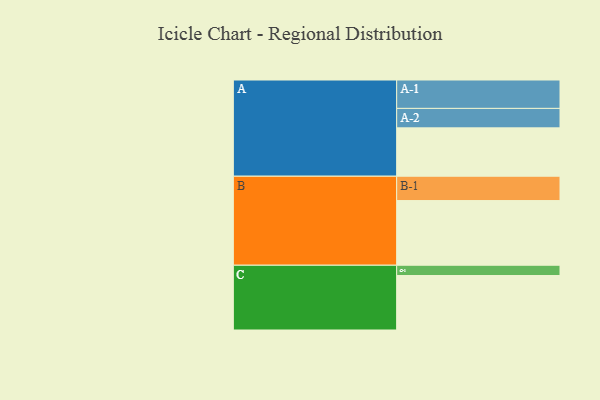
{"axis": {"x": "Segment", "y": "Value"}, "legend": ["", "A", "B", "C"], "data": [{"x": "A", "y": 395, "type": ""}, {"x": "B", "y": 528, "type": ""}, {"x": "C", "y": 445, "type": ""}, {"x": "A-1", "y": 232, "type": "A"}, {"x": "A-2", "y": 159, "type": "A"}, {"x": "B-1", "y": 199, "type": "B"}, {"x": "C-1", "y": 84, "type": "C"}]}